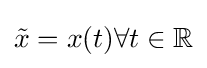
{\tilde {x}}=x(t)\forall t\in \mathbb {R}